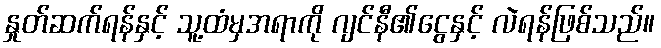
နှုတ်ဆက်ရန်နှင့် သူ့ထံမှအရာကို ဂျင်နီ၏ငွေနှင့် လဲရန်ဖြစ်သည်။